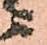
ニ